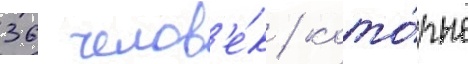
36 челов'е́к / кото́рые